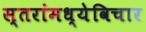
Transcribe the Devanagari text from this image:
स्तरांमध्येविचार